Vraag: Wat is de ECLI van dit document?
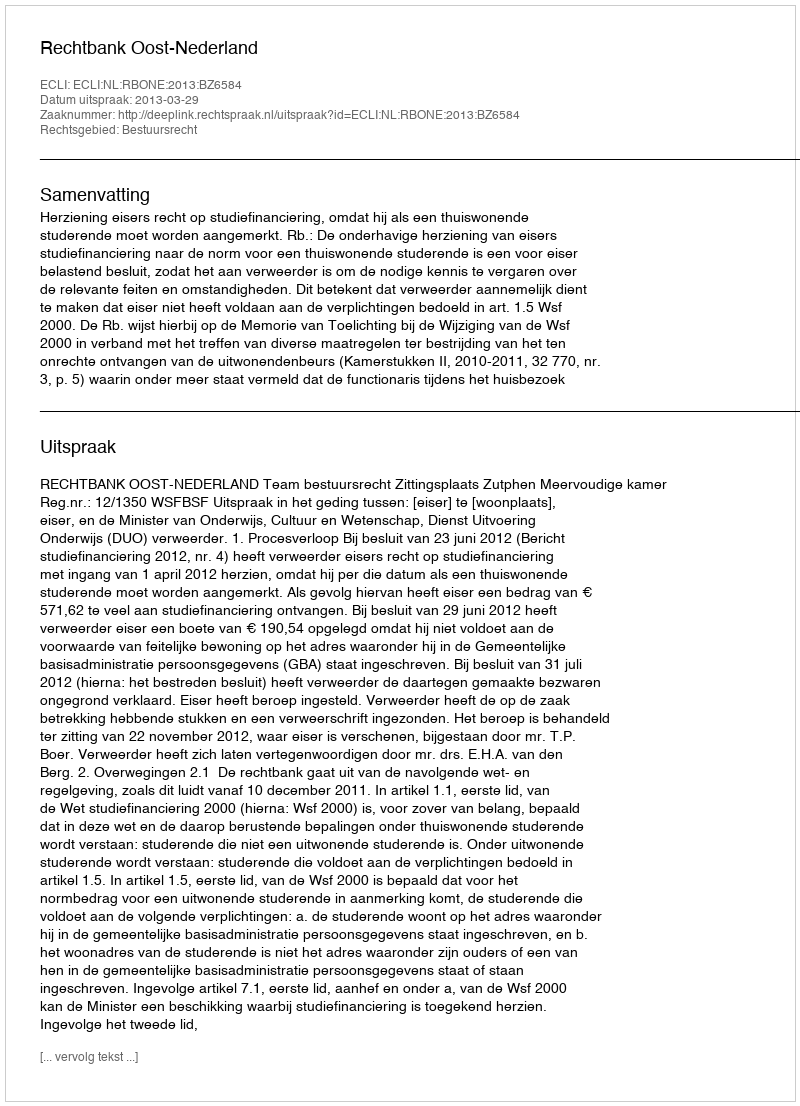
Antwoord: ECLI:NL:RBONE:2013:BZ6584